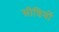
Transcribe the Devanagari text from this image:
सीधियों